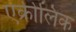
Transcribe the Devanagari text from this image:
एक्रीलिक